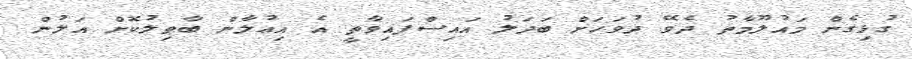
ގުޅިގެން މައުލޫމާތު ދެވޭ ދުވަހަށް ބަދަލު އައިސްފައިވާތީ އެ އިޢުލާން ބާޠިލުކޮށް އަލުން